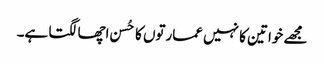
مجھے خواتین کا نہیں عمارتوں کا حُسن اچھا لگتا ہے۔